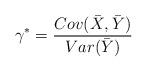
LaTeX: \begin{align*}\gamma^*=\frac{Cov(\bar X, \bar Y)}{Var(\bar Y)}\end{align*}